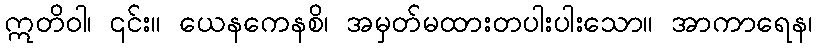
ဣတိဝါ၊ ၎င်း။ ယေနကေနစိ၊ အမှတ်မထားတပါးပါးသော။ အာကာရေန၊